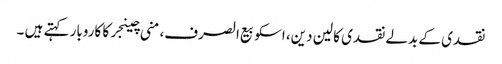
نقدی کے بدلے نقدی کا لین دین، اسکو بیع الصرف،منی چینجرکا کاروبار کہتے ہیں ۔